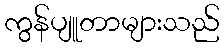
ကွန်ပျူတာများသည်